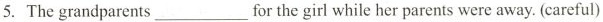
5. The grandparents ___ for the girl while her parents were away. (careful)